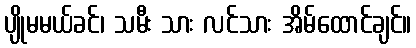
ပျိုမမယ်ခင်၊ သမီး သား လင်သား အိမ်ထောင်ချင်။